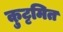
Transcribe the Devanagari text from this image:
कुट्टमित